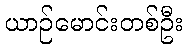
ယာဉ်မောင်းတစ်ဦး